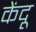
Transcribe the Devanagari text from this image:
केंदू